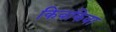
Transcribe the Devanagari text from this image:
किवकिवा